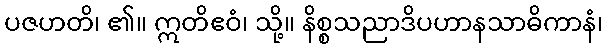
ပဇဟတိ၊ ၏။ ဣတိဧဝံ၊ သို့။ နိစ္စသညာဒိပဟာနသာဓိကာနံ၊